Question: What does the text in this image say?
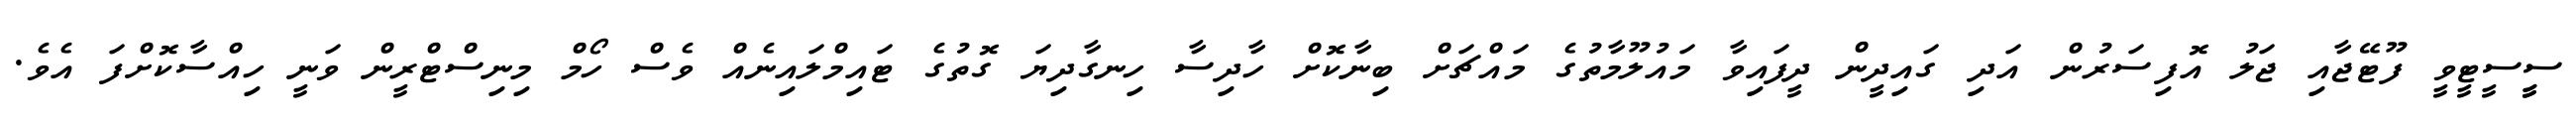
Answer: ސީީސީޓީވީ ފޫޓޭޖާއި ޖަލު އޮފިސަރުން އަދި ގައިދީން ދީފައިވާ މައުލޫމާތުގެ މައްޗަށް ބިނާކޮށް ހާދިސާ ހިނގާދިޔަ ގޮތުގެ ޓައިމްލައިނެއް ވެސް ހޯމް މިނިސްޓްރީން ވަނީ ހިއްސާކޮށްފަ އެވެ.